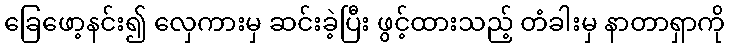
ခြေဖော့နင်း၍ လှေကားမှ ဆင်းခဲ့ပြီး ဖွင့်ထားသည့် တံခါးမှ နာတာရှာကို